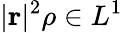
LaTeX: |\mathbf{r}|^{2}\rho\in L^{1}